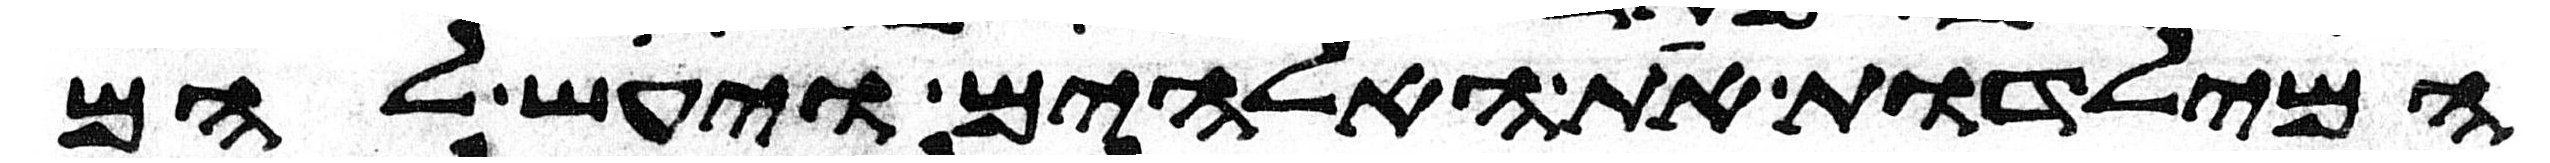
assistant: המילדות את האלהים ויעש להם